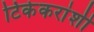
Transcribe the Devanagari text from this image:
टिकेकरांशी